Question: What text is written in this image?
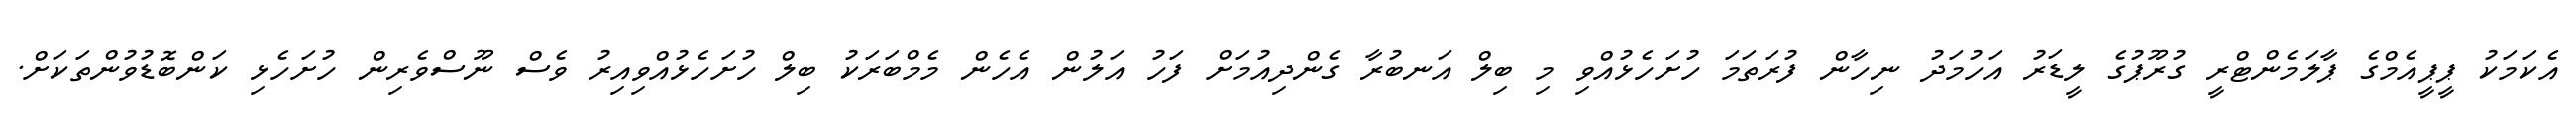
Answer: އެކަމަކު ޕީޕީއެމްގެ ޕާލަމެންޓްރީ ގުރޫޕުގެ ލީޑަރު އަހުމަދު ނިހާން ފުރަތަމަ ހުށަހެޅުއްވި މި ބިލް އަނބުރާ ގެންދިއުމަށް ފަހު އަލުން އެހެން މެމްބަރަކު ބިލް ހުށަހެޅުއްވިއިރު ވެސް ނޫސްވެރިން ހުށަހެޅި ކަންބޮޑުވުންތަކަށް.